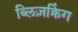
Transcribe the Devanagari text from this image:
ब्लिज़क्रिंग